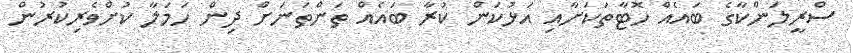
ސްރީލަންކާގެ ބައެއް ހޮޓާތަކަށާއި އަޅުކަން ކުރާ ބައެއް ތަންތަނަށް ދިން ހަމަލާ ކުށްވެރިކުރުން